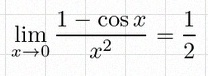
\lim_{x\to0}\frac{1-\cos x}{x^2}=\frac12